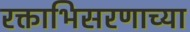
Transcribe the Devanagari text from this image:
रक्ताभिसरणाच्या